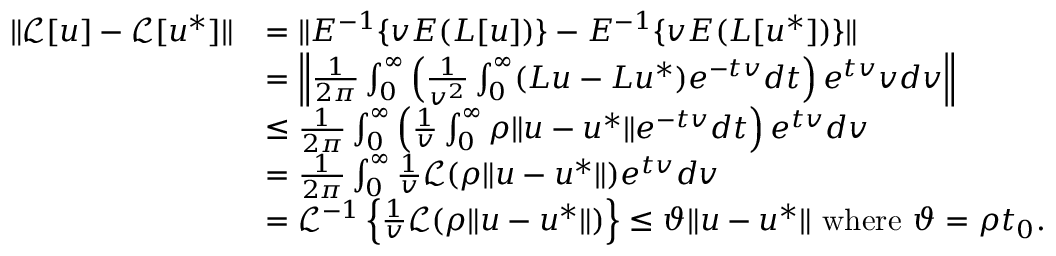
\begin{array} { r l } { \| \mathcal { L } [ u ] - \mathcal { L } [ u ^ { * } ] \| } & { = \| E ^ { - 1 } \{ v E ( L [ u ] ) \} - E ^ { - 1 } \{ v E ( L [ u ^ { * } ] ) \} \| } \\ & { = \left\| \frac { 1 } { 2 \pi } \int _ { 0 } ^ { \infty } \left( \frac { 1 } { v ^ { 2 } } \int _ { 0 } ^ { \infty } ( L u - L u ^ { * } ) e ^ { - t v } d t \right) e ^ { t v } v d v \right\| } \\ & { \leq \frac { 1 } { 2 \pi } \int _ { 0 } ^ { \infty } \left( \frac { 1 } { v } \int _ { 0 } ^ { \infty } \rho \| u - u ^ { * } \| e ^ { - t v } d t \right) e ^ { t v } d v } \\ & { = \frac { 1 } { 2 \pi } \int _ { 0 } ^ { \infty } \frac { 1 } { v } \mathcal { L } ( \rho \| u - u ^ { * } \| ) e ^ { t v } d v } \\ & { = \mathcal { L } ^ { - 1 } \left\{ \frac { 1 } { v } \mathcal { L } ( \rho \| u - u ^ { * } \| ) \right\} \leq \vartheta \| u - u ^ { * } \| \mathrm { ~ w h e r e ~ } \vartheta = \rho t _ { 0 } . } \end{array}